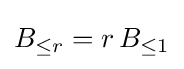
B_{\leq r}=r\,B_{\leq 1}